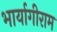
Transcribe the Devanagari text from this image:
भार्यागीराम